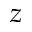
z